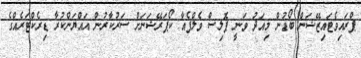
ޕްރައިވެޓައިޒޭޝަން ބޯޑުން މިއަދު ވަނީ ޕޮލިސް ވެލްފެއާ ކޯޕަރޭޝަނަށް ސަރުކާރުން އައްޔަންކުރާ ޑިރެކްޓަރެއްގެ